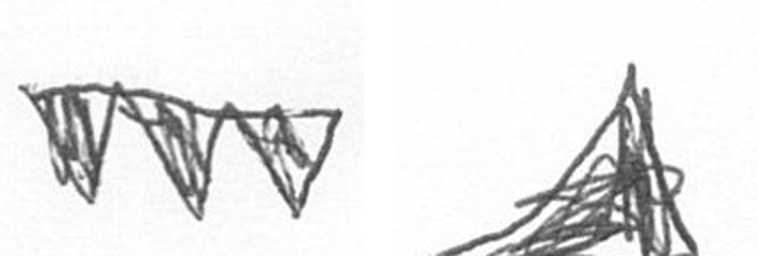
L O